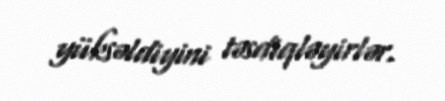
yüksəldiyini təsdiqləyirlər.